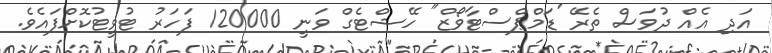
އަދި އެއް ދުވަސް ތެރޭ 'ޑަމްޕްސްޓާވޯޒް" ހޭޝްޓެގް ވަނީ 120000 ފަހަރު ޓުވީޓުކޮށްފައެވެ.